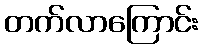
တက်လာကြောင်း